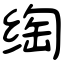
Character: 绹